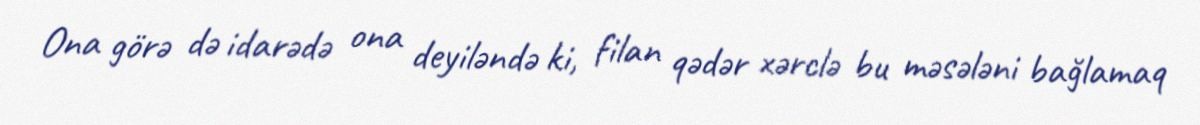
Ona görə də idarədə ona deyiləndə ki, filan qədər xərclə bu məsələni bağlamaq